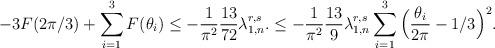
LaTeX: \begin{align*}-3F(2\pi/3)+\sum_{i=1}^{3}F(\theta_{i})\leq-\frac{1}{\pi^{2}}\frac{13}{72}\lambda_{1,n}^{r,s}.\leq-\frac{1}{\pi^{2}}\frac{13}{9}\lambda_{1,n}^{r,s}\sum_{i=1}^{3}\Big(\frac{\theta_{i}}{2\pi}-1/3\Big)^{2}.\end{align*}